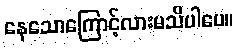
နေသောကြောင့်လားမသိပါပေ။